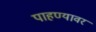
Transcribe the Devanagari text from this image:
पाहण्यावर